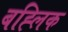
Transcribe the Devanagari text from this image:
बह्लिक